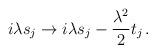
LaTeX: \begin{align*}i\lambda s_j \to i\lambda s_j - \frac{\lambda^2}{2} t_j \,.\end{align*}